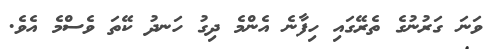
ވަނަ ގަރުނުގެ ތެރޭގައި ހިފާނެ އެންމެ ދިގު ހަނދު ކޭތަ ވެސްމެ އެވެ.